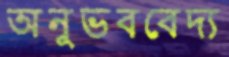
অনুভববেদ্য